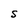
Character: S